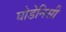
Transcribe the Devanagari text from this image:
घोडेनिसीं